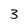
Character: 3